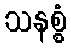
သနစ္စံ